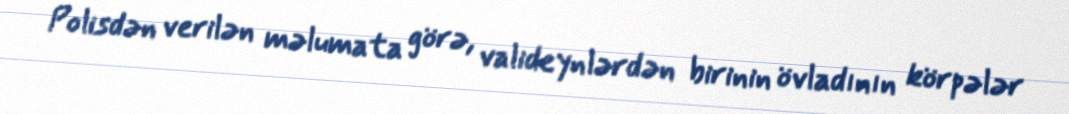
Polisdən verilən məlumata görə, valideynlərdən birinin övladının körpələr